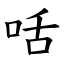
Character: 咶